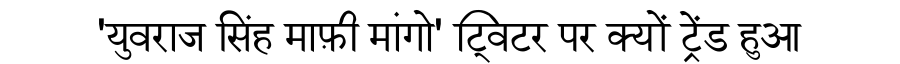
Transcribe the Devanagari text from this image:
'युवराज सिंह माफ़ी मांगो' ट्विटर पर क्यों ट्रेंड हुआ